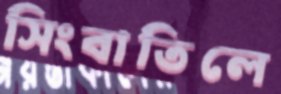
সিংবাতিলে